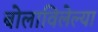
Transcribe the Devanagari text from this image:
बोलाविलेल्या